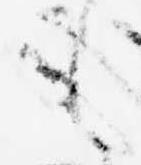
も